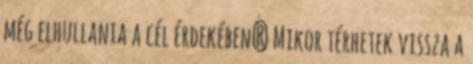
még elhullania a cél érdekében? Mikor térhetek vissza a